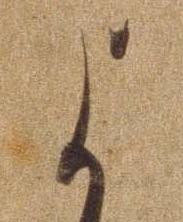
よ